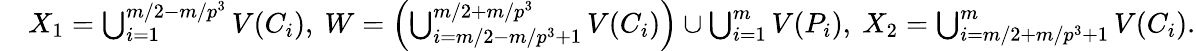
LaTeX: \begin{array}{rl}&{X_{1}=\bigcup_{i=1}^{m/2-m/p^{3}}V(C_{i}),\ W=\left(\bigcup_{i=m/2-m/p^{3}+1}^{m/2+m/p^{3}}V(C_{i})\right)\cup\bigcup_{i=1}^{m}V(P_{i}),\ X_{2}=\bigcup_{i=m/2+m/p^{3}+1}^{m}V(C_{i}).}\end{array}